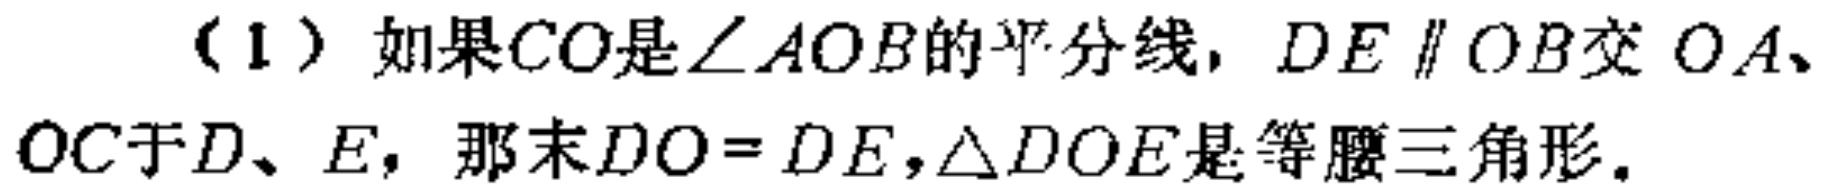
（1）如果$CO$是$\angle AOB$的平分线，$DE\parallel OB$交$OA$、$OC$于$D、E$，那末$DO = DE$，$\triangle DOE$是等腰三角形。